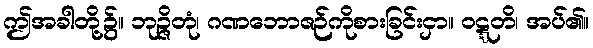
ဤအခါတို့၌။ ဘုဉ္ဇိတုံ၊ ဂဏဘောဇဉ်ကိုစားခြင်းငှာ။ ဝဋ္ဋတိ၊ အပ်၏။